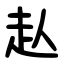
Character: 龪